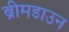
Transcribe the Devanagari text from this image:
ब्रीमडाउन